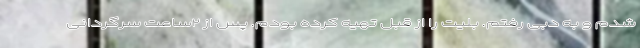
شدم و به دبی رفتم. بلیت را از قبل تهیه کرده بودم. پس از ۲ساعت سرگردانی